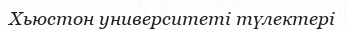
Хьюстон университеті түлектері